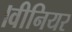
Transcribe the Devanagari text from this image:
।वीनियर